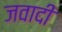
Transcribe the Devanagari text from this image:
जवादी